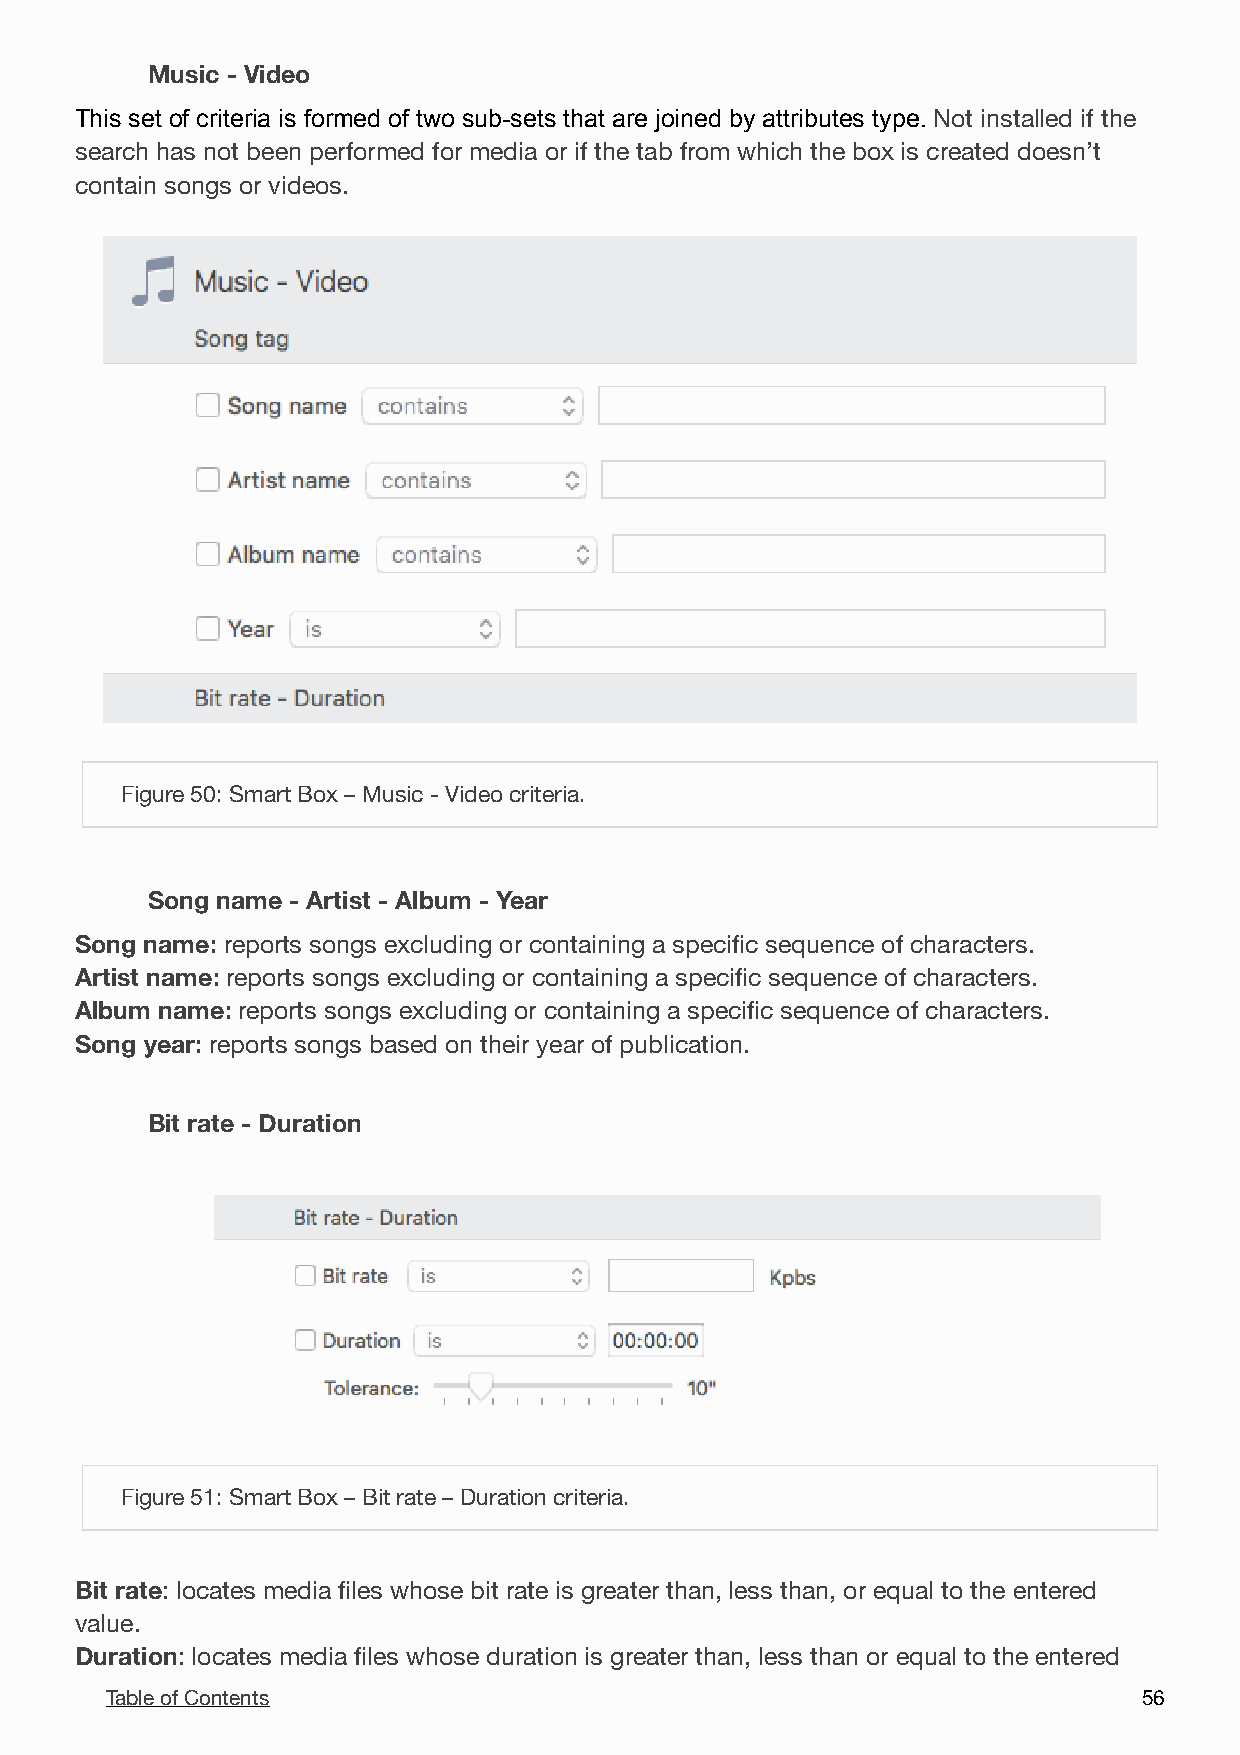
Music - Video
 This set of criteria is formed of two sub-sets that are joined by attributes type. Not installed if the
 search has not been performed for media or if the tab from which the box is created doesn’t
 contain songs or videos.
 !
 Figure 50: Smart Box – Music - Video criteria.
 Song name - Artist - Album - Year
 Song name: reports songs excluding or containing a specific sequence of characters.
 Artist name: reports songs excluding or containing a specific sequence of characters.
 Album name: reports songs excluding or containing a specific sequence of characters.
 Song year: reports songs based on their year of publication.
 Bit rate - Duration

 Figure 51: Smart Box – Bit rate – Duration criteria.
 Bit rate: locates media files whose bit rate is greater than, less than, or equal to the entered
 value.
 Duration: locates media files whose duration is greater than, less than or equal to the entered
 Table of Contents                                                    5 6